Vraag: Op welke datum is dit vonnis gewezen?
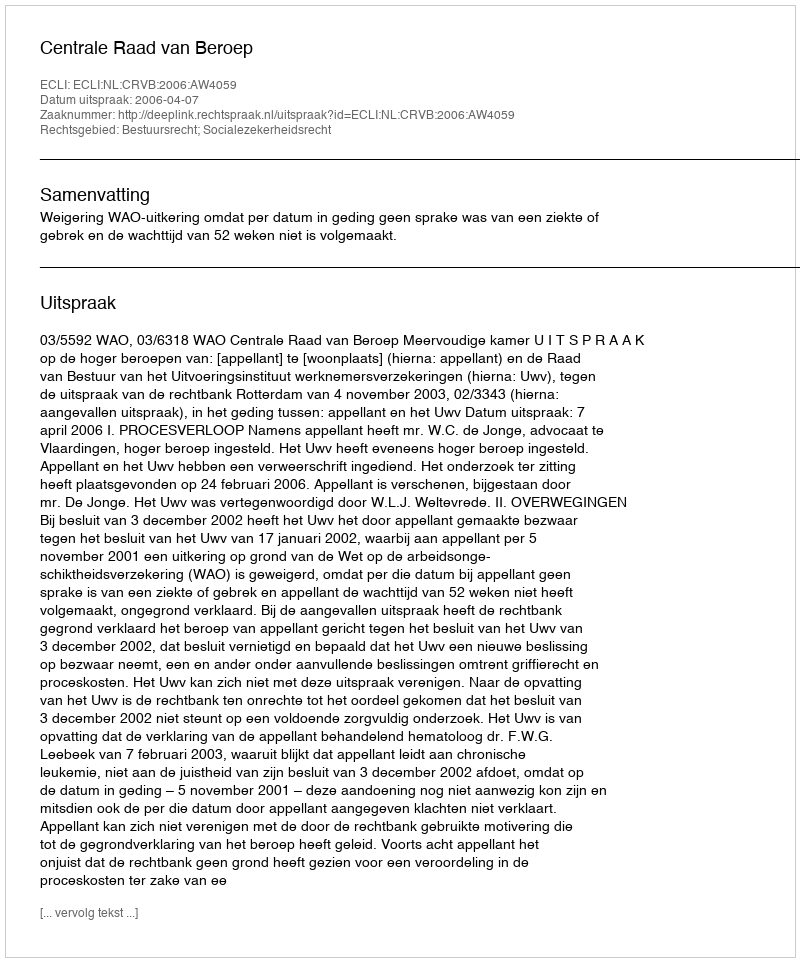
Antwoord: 2006-04-07